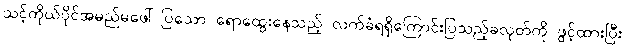
သင့်ကိုယ်ပိုင်အမည်မဖေါ်ပြသော ရောထွေးနေသည့် လက်ခံရရှိကြောင်းပြသည့်ခလုတ်ကို ဖွင့်ထားပြီး